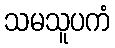
သမသူပကံ